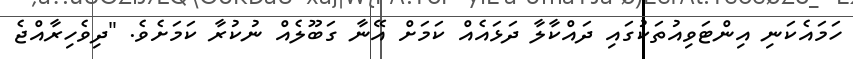
ހަމައެކަނި އިންޓަވިއުތަކުގައި ދައްކާލާ ދަޅައެއް ކަމަށް އޭނާ ގަބޫލެއް ނުކުރާ ކަމަށެވެ. "ދިވެހިރާއްޖެ